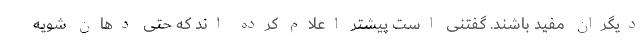
دیگران مفید باشند. گفتنی است پیشتر اعلام کرده اند که حتی دهان شویه